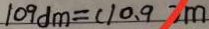
1 0 9 d m = ( 1 0 . 9 ) m